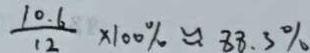
\frac { 1 0 . 6 } { 1 2 } \times 1 0 0 \% \approx 8 8 . 3 \%